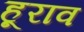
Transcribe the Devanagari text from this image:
हूराव